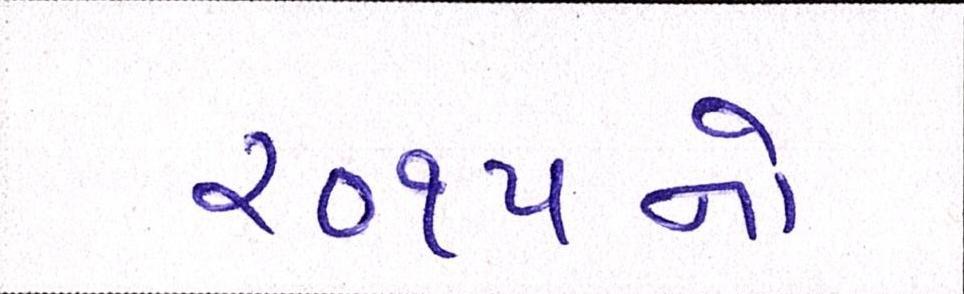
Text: ૨૦૧૫નો